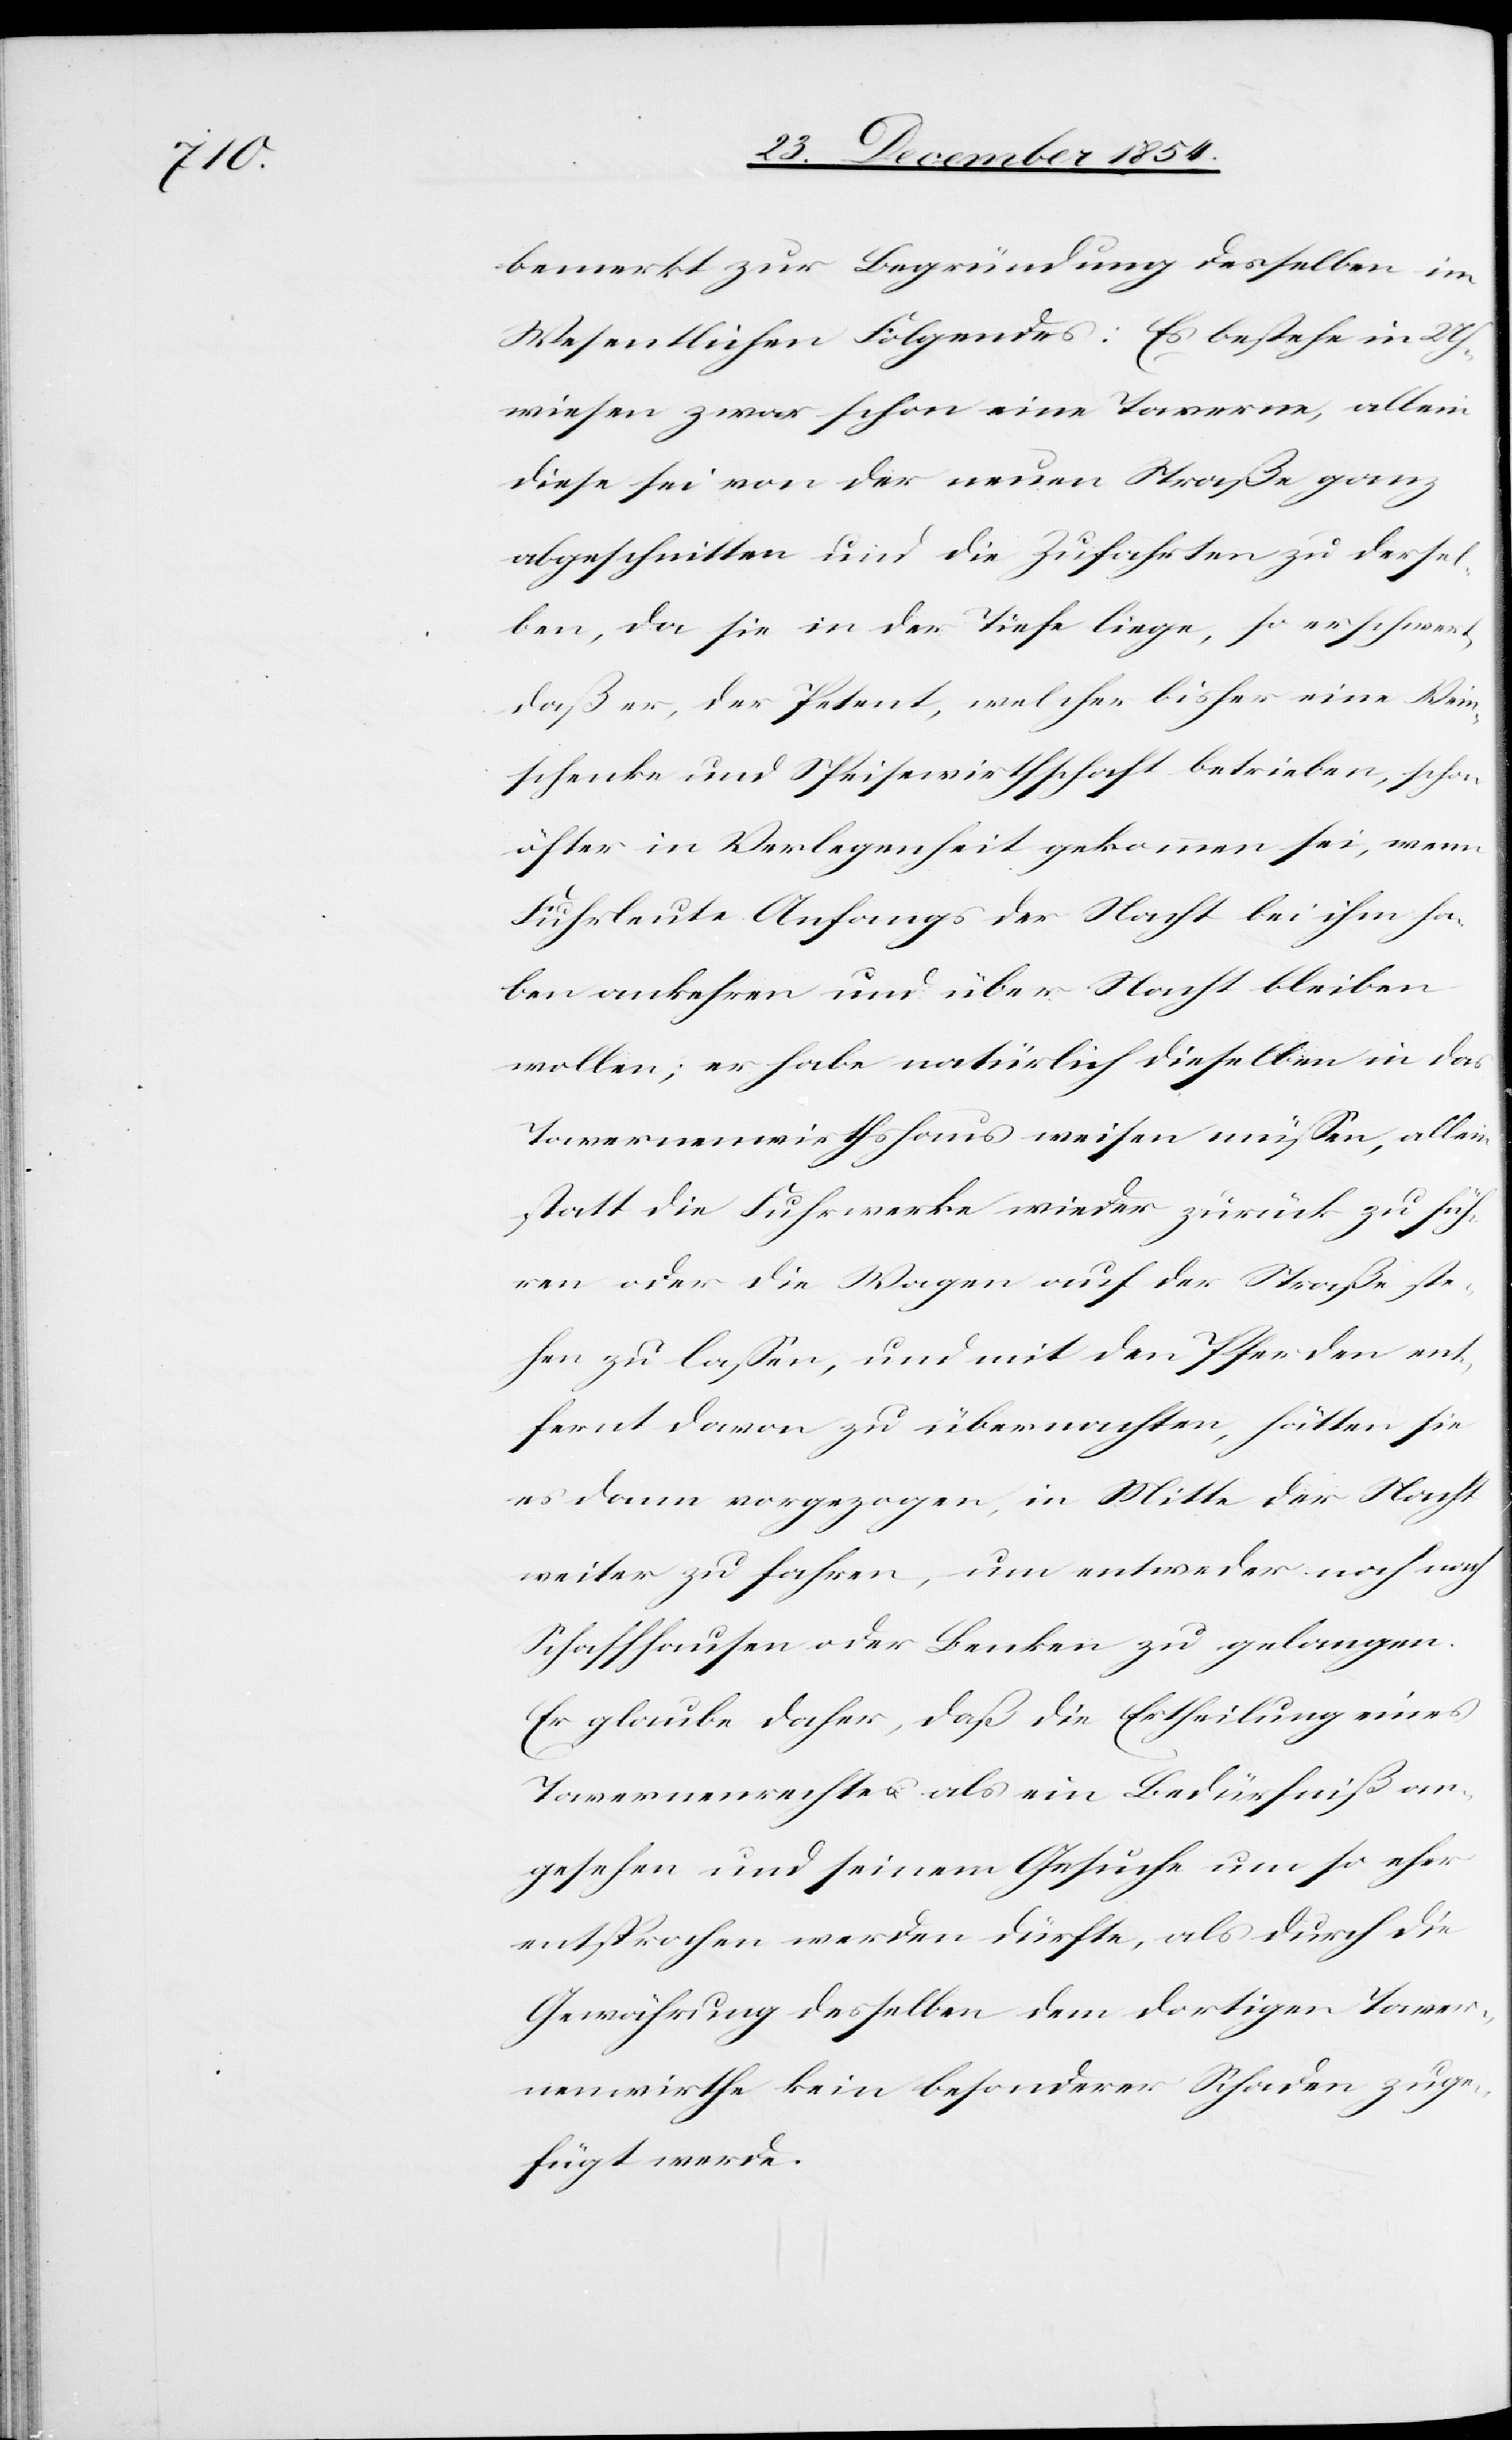
bemerkt zur Begründung desselben im
Wesentlichen Folgendes: Es bestehe in Uh¬
wiesen zwar schon eine Taverne, allein
diese sei von der neuen Straße ganz
abgeschnitten und die Zufahrten zu dersel¬
ben, da sie in der Tiefe liege, so erschwert,
daß er, der Petent, welcher bisher eine Wein¬
schenke und Speisewirthschaft betrieben, schon
öfter in Verlegenheit gekommen sei, wenn
Fuhrleute Anfangs der Nacht bei ihm ha¬
ben ankehren und über Nacht bleiben
wollen; er habe natürlich dieselben in das
Tavernenwirthshaus weisen müßen, allein
statt die Fuhrwerke wieder zurück zu füh¬
ren oder die Wagen auf der Straße ste¬
hen zu laßen, und mit den Pferden ent¬
fernt davon zu übernachten, hätten sie
es dann vorgezogen, in Mitte der Nacht
weiter zu fahren, um entweder noch nach
Schaffhausen oder Benken zu gelangen.
Er glaube daher, daß die Ertheilung eines
Tavernenrechtes als ein Bedürfniß an¬
gesehen und seinem Gesuche um so eher
entsprochen werden dürfte, als durch die
Gewährung desselben dem dortigen Taver¬
nenwirth kein besonderer Schaden zuge¬
fügt werde.